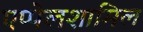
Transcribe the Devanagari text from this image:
एप्पेलशामिल